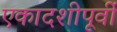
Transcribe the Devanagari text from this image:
एकादशीपूर्वी